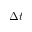
\Delta t